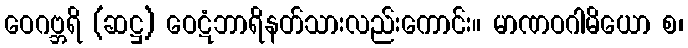
ဝေဂဗ္ဘရိ (ဆဋ္ဌ) ဝေဋံဘာရိနတ်သားလည်းကောင်း။ မာဏဝဂါမိယော စ၊